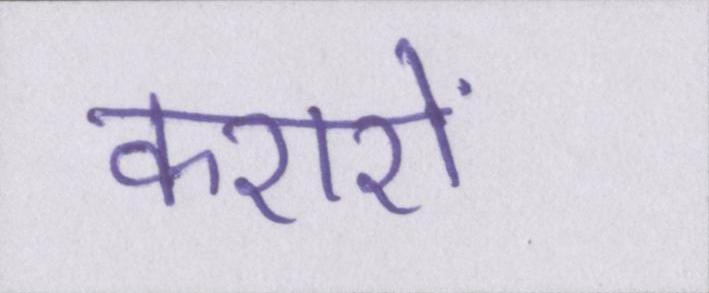
करारों